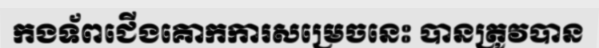
កងទ័ពជើងគោកការសម្រេចនេះ បានត្រូវបាន